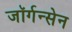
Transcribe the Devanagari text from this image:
जॉर्गन्सेन